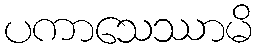
ပကာသေဿာမိ